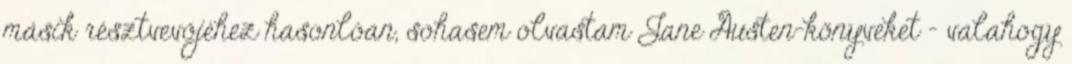
másik résztvevőjéhez hasonlóan, sohasem olvastam Jane Austen-könyveket - valahogy